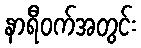
နာရီဝက်အတွင်း